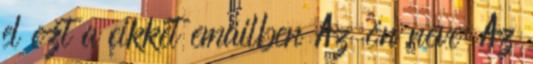
el ezt a cikket emailben Az ön neve: Az